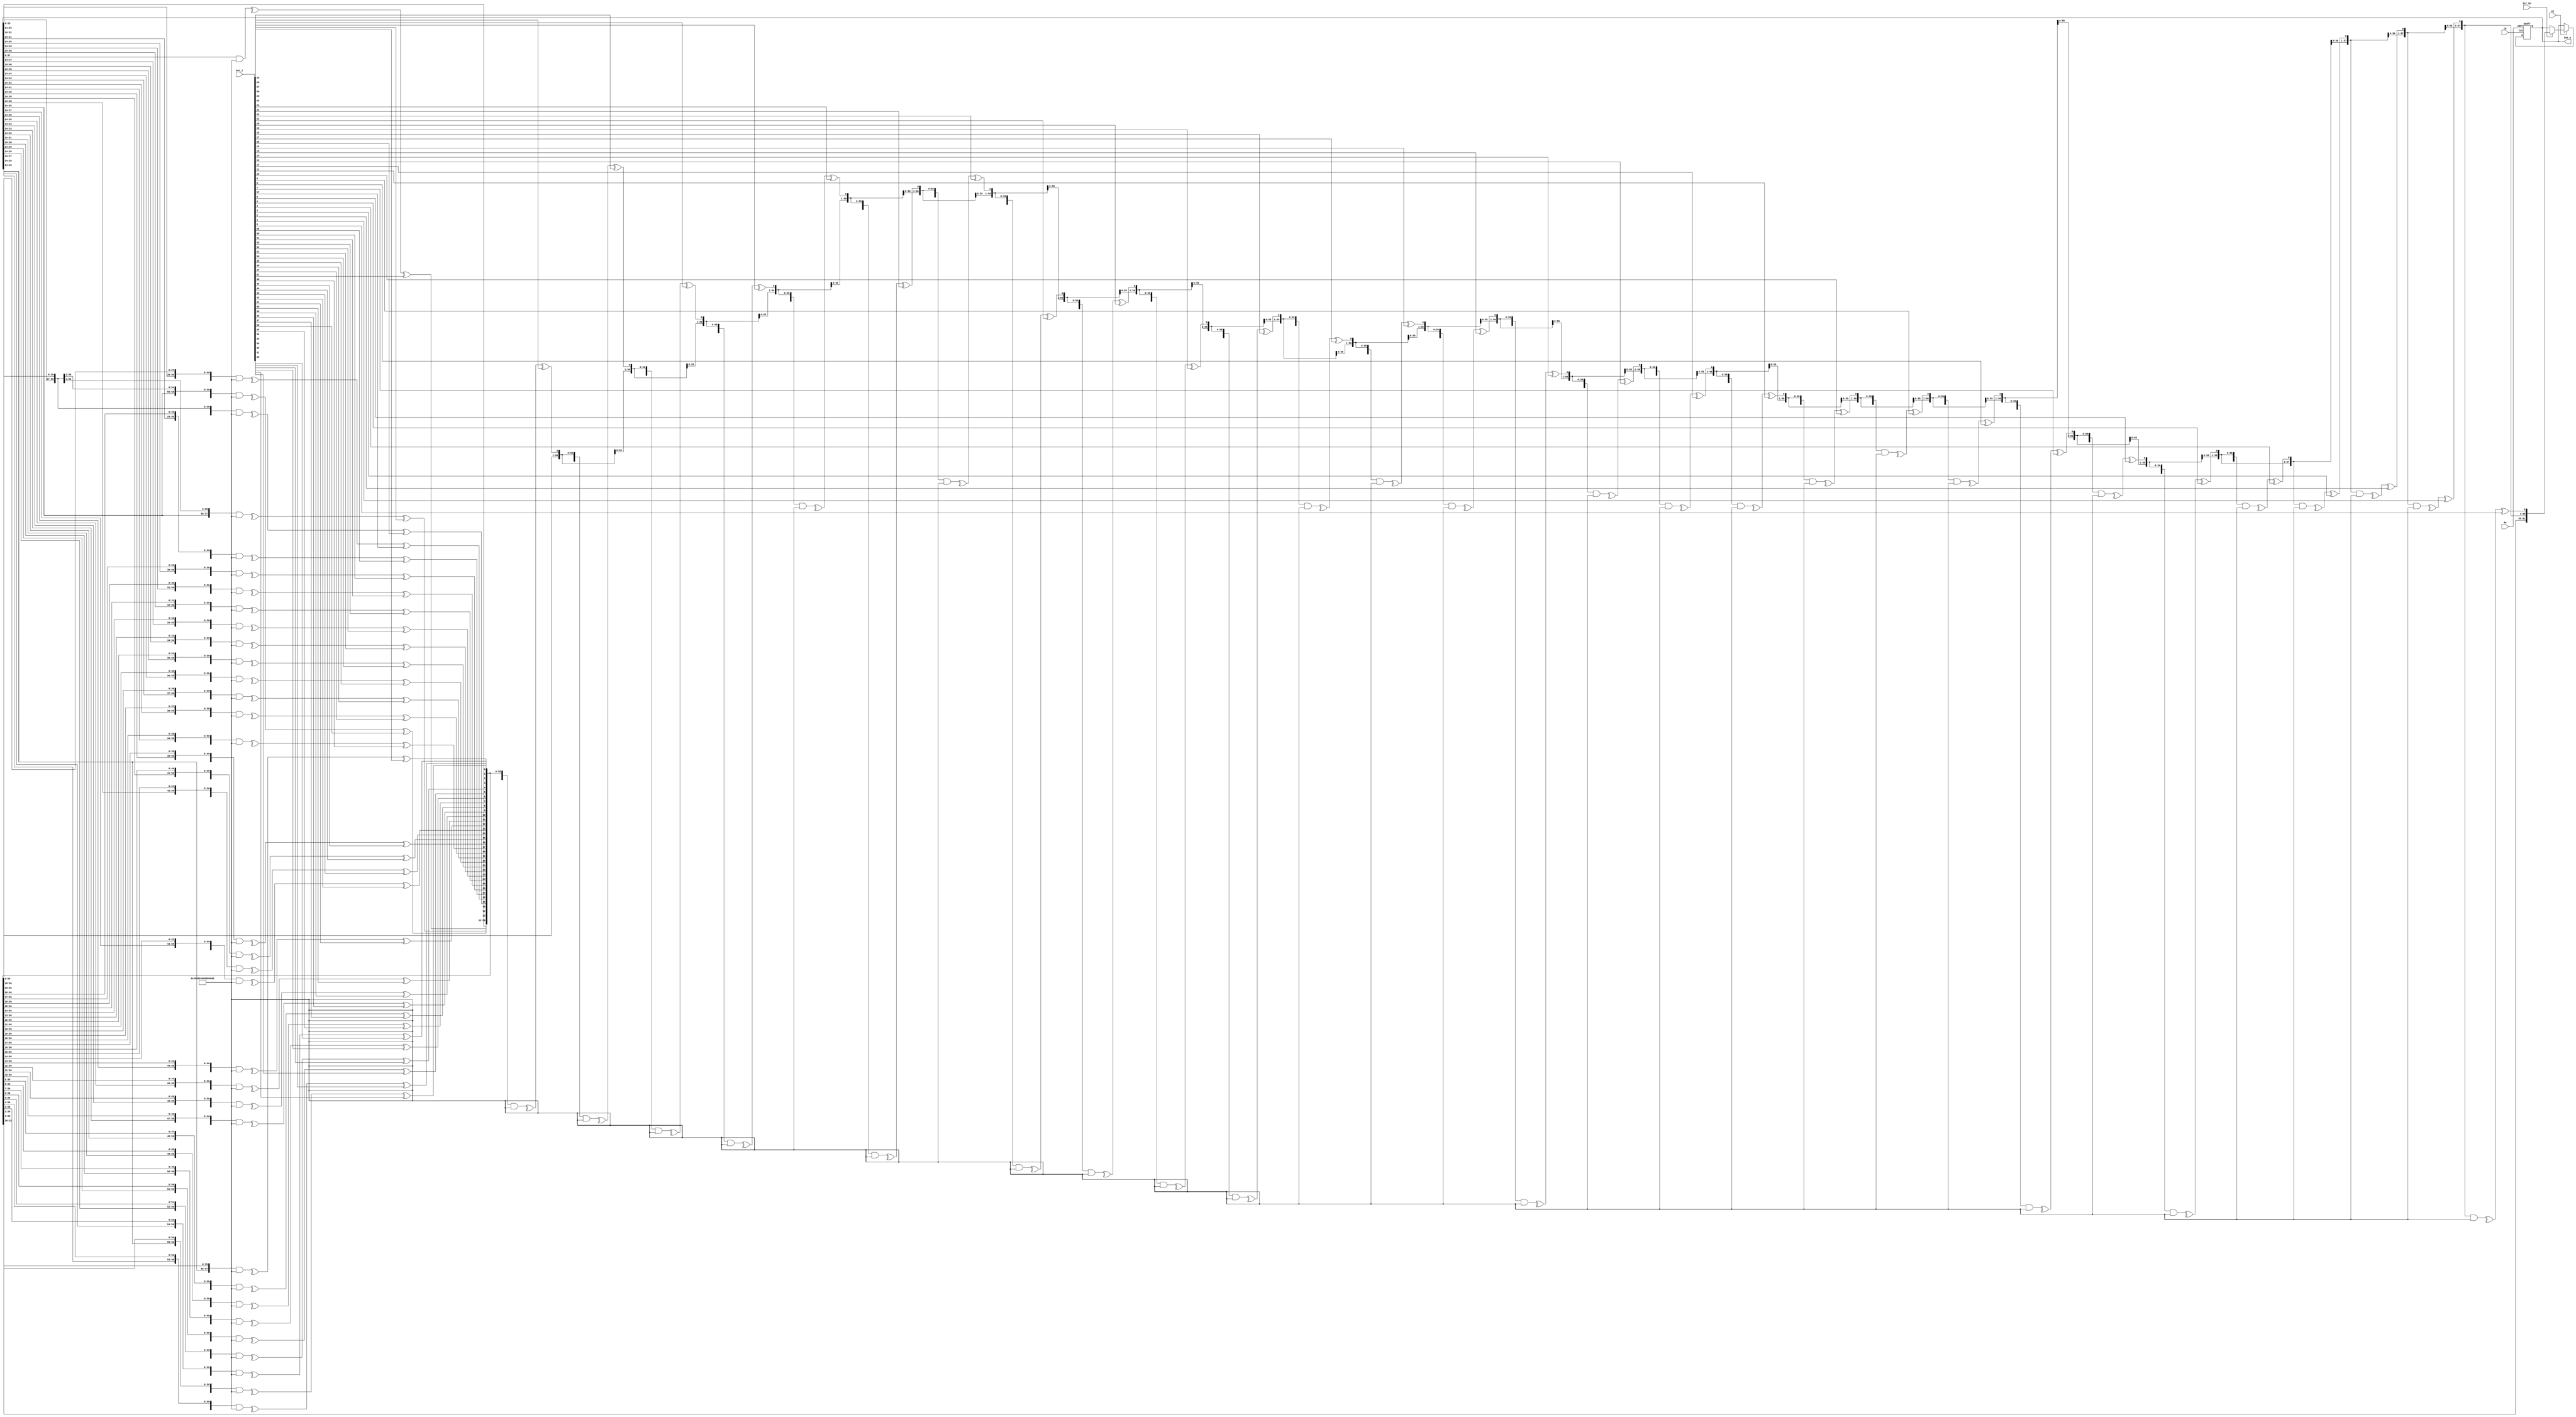
module Scram #(parameter DW = 62, SI = 58'h3ffffffffffffff,PP = 58, POLY  = 59'h400008000000001)
      (
       //ȫź
       input                         Rs        ,  //첽λЧ
       input                         Ck        ,  //ʱ
       input                         CE        ,  //ʱʹܣЧ
       
       input                         Scr_En    ,  //ʹܣЧ
       input  [DW-1:0]               Dat_i     ,  //
       output [DW-1:0]               Dat_o        //
      );
      
localparam RW = (DW >= PP)?DW:PP;
      
reg  [RW-1:0] Scr_Shift_LS;
wire [RW-1:0] Scr_Shift_NS;

always @(posedge(Rs), posedge(Ck))
begin
  if(Rs == 1)
    Scr_Shift_LS <= SI;
  else if(CE)
  begin
    if(Scr_En)
      Scr_Shift_LS <= Scr_Shift_NS;
  end  
end

wire [DW-1+PP-1:0] Temp ;
wire [DW-1:0]      Dat_T;

generate
begin
  if(DW <2 )
    assign Temp = Scr_Shift_LS[PP-1:0]; 
  else
    assign Temp = {Scr_Shift_LS[PP-1:0],Dat_T[DW-1:1]}; 
end
endgenerate

genvar gv;
generate
begin
  for(gv=0;gv<DW;gv=gv+1)
  begin:GL
    assign Dat_T[DW-1-gv] = (^(Temp[DW-1+PP-1-gv:DW-1-gv]&POLY[PP:1]))^Dat_i[DW-1-gv];
  end
end
endgenerate

generate
begin
  if(DW >= PP)
    assign Scr_Shift_NS = Dat_T; 
  else
    assign Scr_Shift_NS = {Scr_Shift_LS[RW-DW-1:0],Dat_T}; 
end
endgenerate


//ĴλĴԼԴ
assign Dat_o = Scr_Shift_LS[DW-1:0];



endmodule